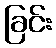
ခြင်း